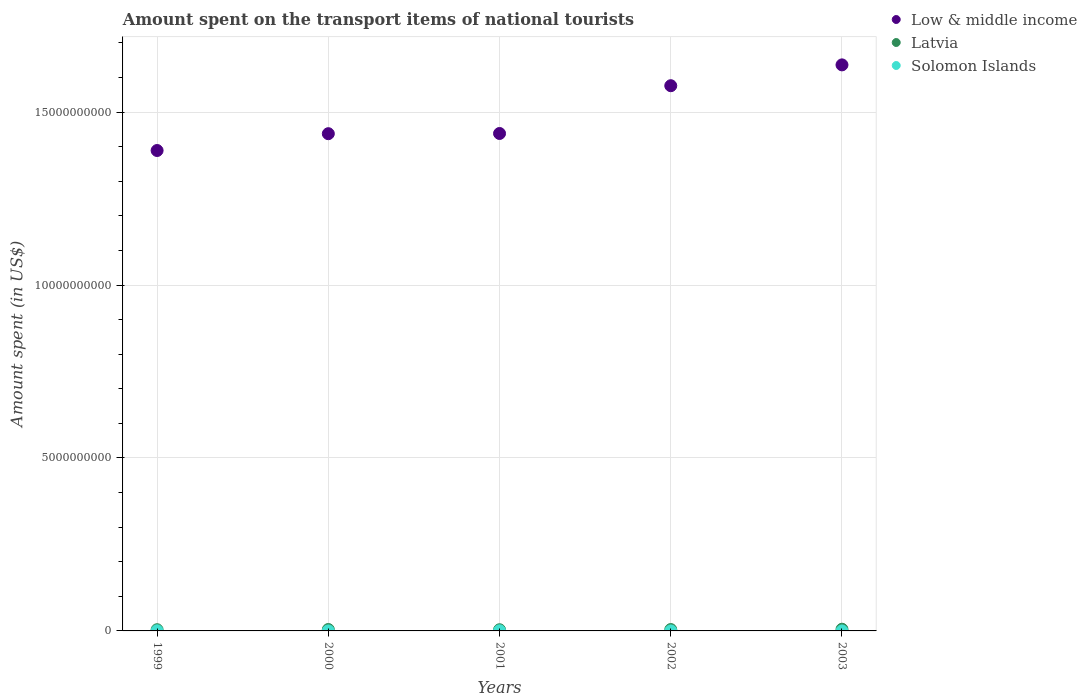
| Years | Low & middle income | Latvia | Solomon Islands |
 | --- | --- | --- | --- |
 | 1999 | 1.39e+10 | 3.5e+07 | 4e+06 |
 | 2000 | 1.44e+10 | 4.1e+07 | 1e+05 |
 | 2001 | 1.44e+10 | 3.4e+07 | 3.6e+06 |
 | 2002 | 1.58e+10 | 4e+07 | 1e+05 |
 | 2003 | 1.64e+10 | 4.9e+07 | 1e+05 |